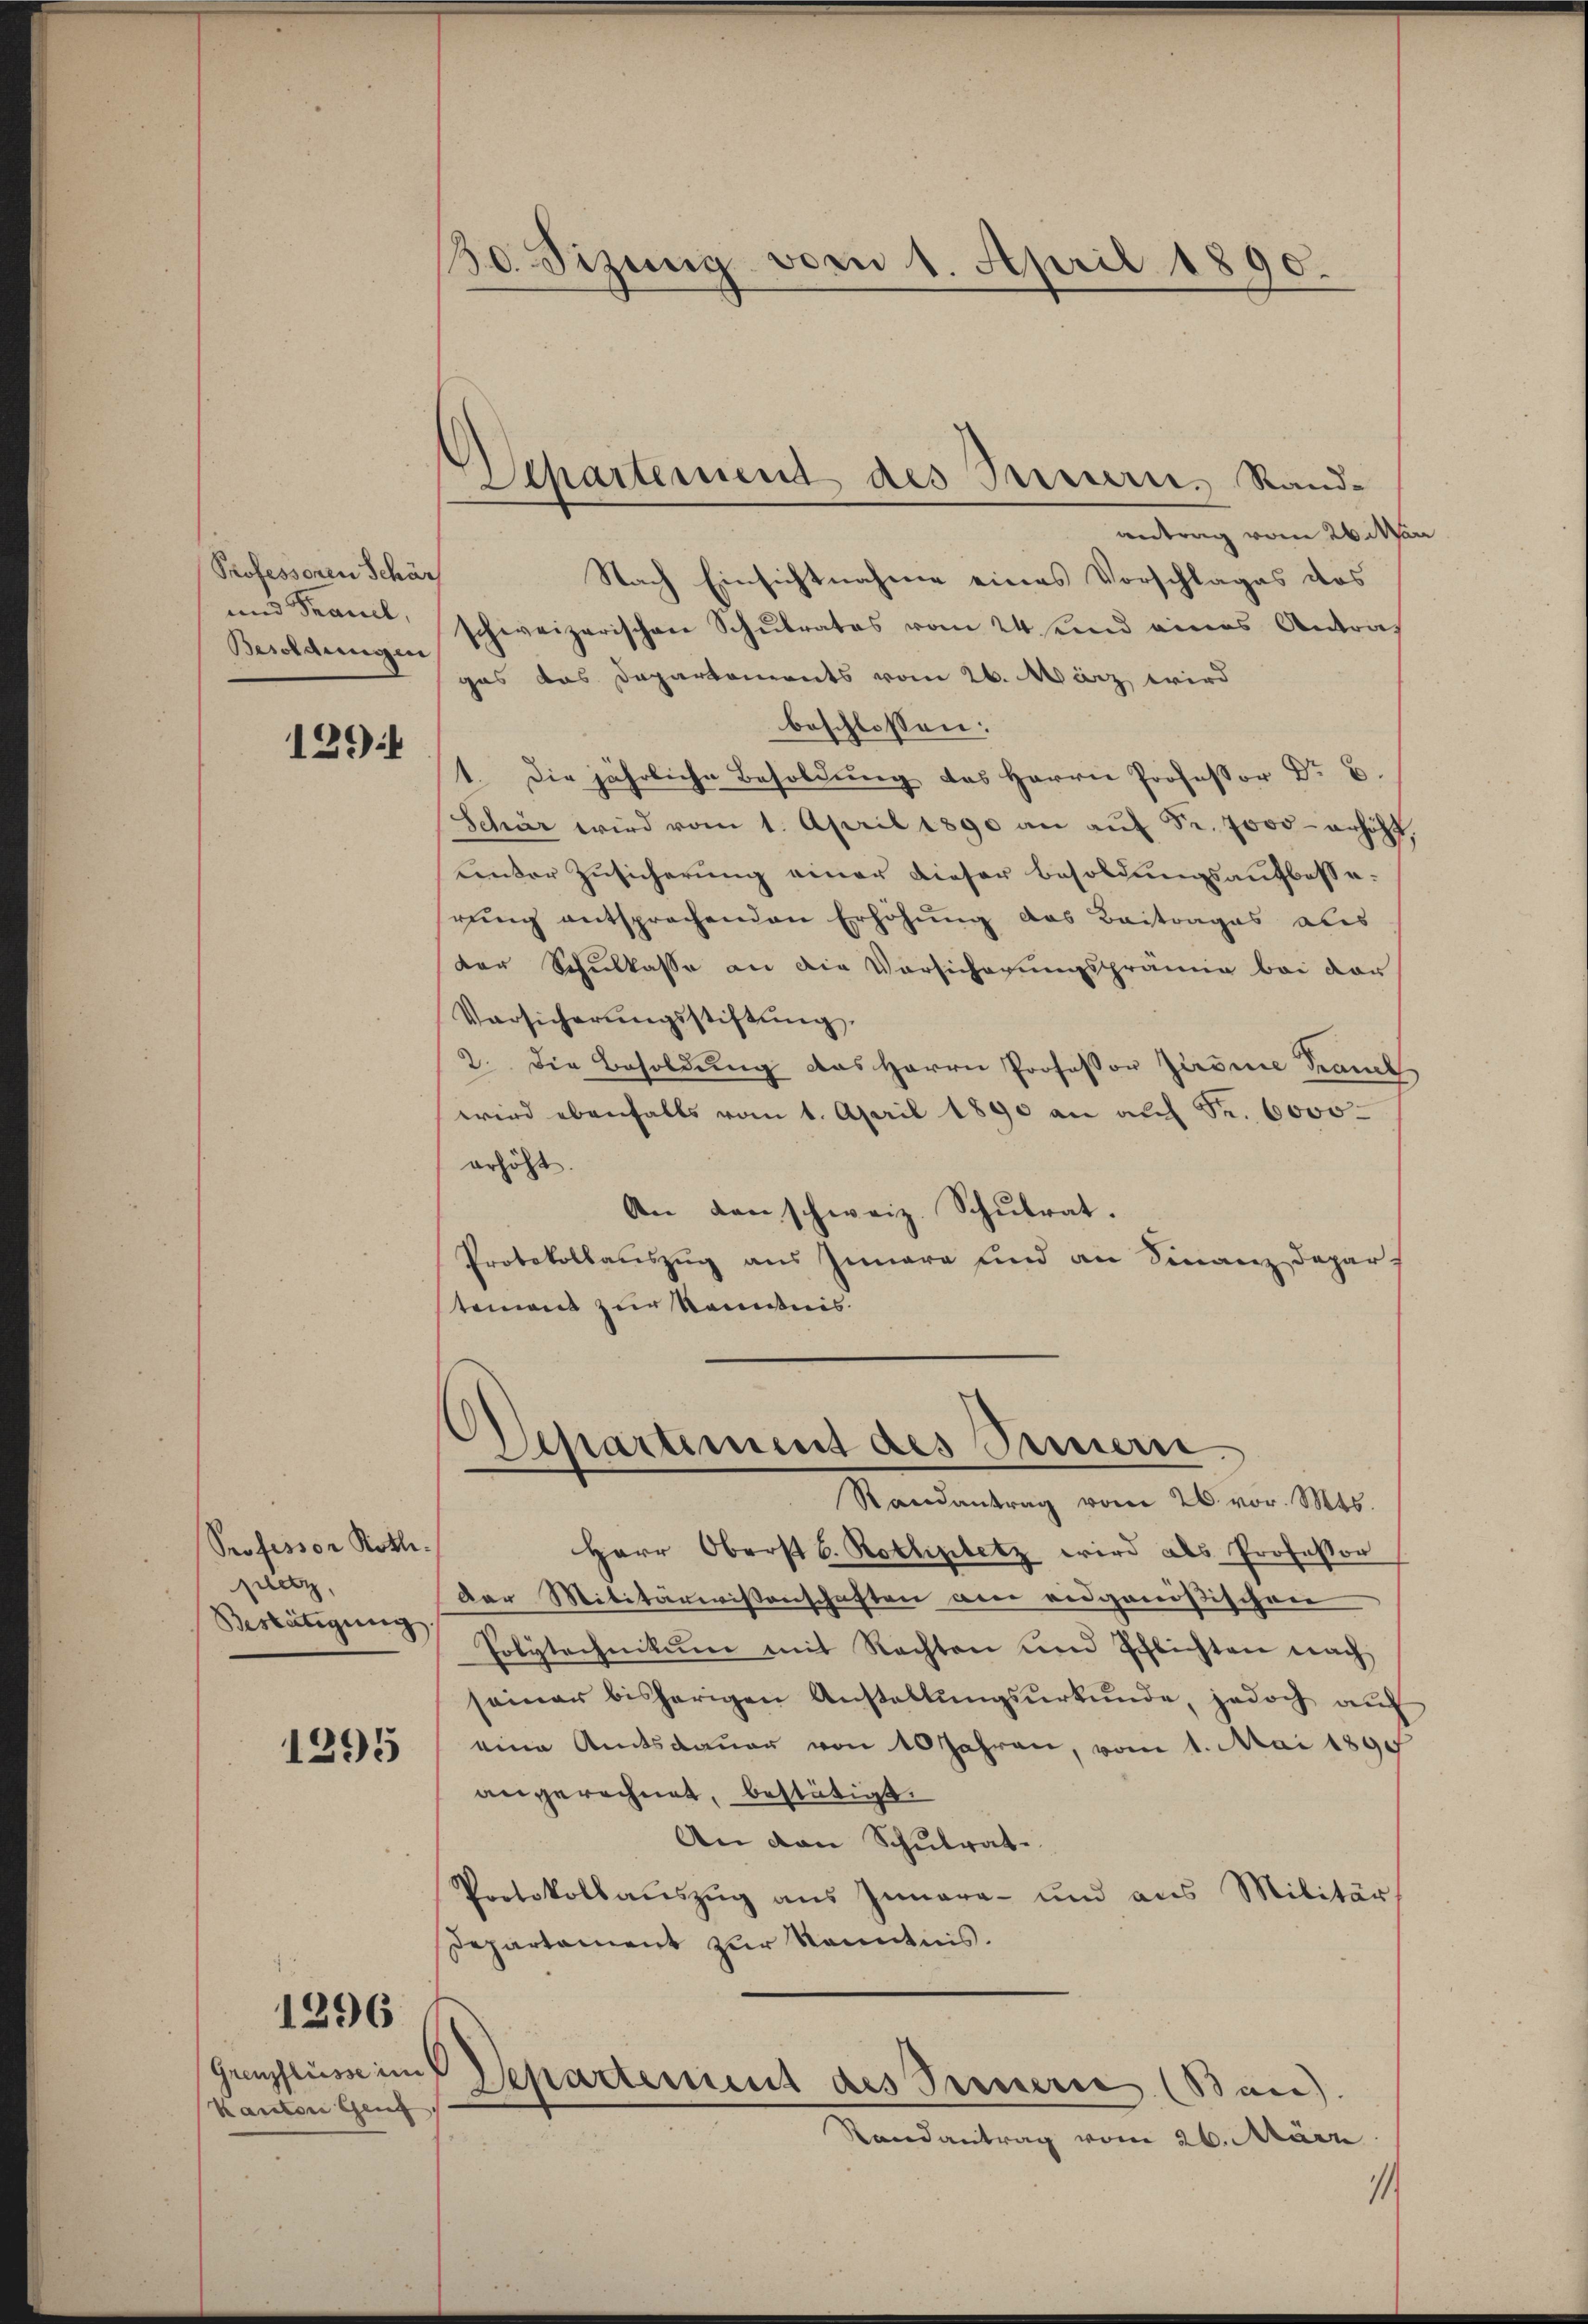
Professoren Schär
und Francl,
Besoldungen

1291

Professor Rothepetz,
Bestätigung

1295

1296

Grenzflüsse im
Kanton Genz

30. Sizung vom 1. April 1890.

Departement des Innern, Rand¬

antrag vom 26. Mar
Nach Einsichtnahme eines Vorschlages das
schweizerischen Schulrates vom 24. enn eines Antrag
gas das Departements vom 26. März wird
beschlossen:
1. Die jährliche Besoldung des Herrn Professor Dr B.
Schär wird vom 1. April 1890 an aŭf Fr. 7000 erhöht,
unter Zusicherung einer dieser besoldungsaufbesserŭng entsprochenden Erhöhŭng das Beitrages als
der Schulkasse an die Vorsicherungsprämie bei der
Versicherŭngsstiftung.
2. Die Besoldung das Herrn Professor Zironie Kramel
wird ebenfalls vom 1. April 1890 an auf S. 6000
erhöht.
An den schweiz. Schŭlrat.
Protokollauszug aus Iunara und an Finanzdepart
tement zur Kenntnis

Departement des Innern
Randantrag vom 26. vor. Mts.

Herr Oberst 6. Kotlisbetz wird als Professor
der Militärwissenschaften ane eidgenößischen
Polytechnikum mit Rechten und Schlichten nach
seiner bisherigen Anstellungsurkunde, jedoch auf
eine Amtsdauer von 10 Jahren, vom 1. Mai 1890
angerechnet, bestätigt.
An den Schulrate
Protokollaŭszŭg aŭs Iunara und aus Militär
Departement zur Kenntnis.
Departement des Fernerie (Ban).
Randantrag vom 26. März.
11